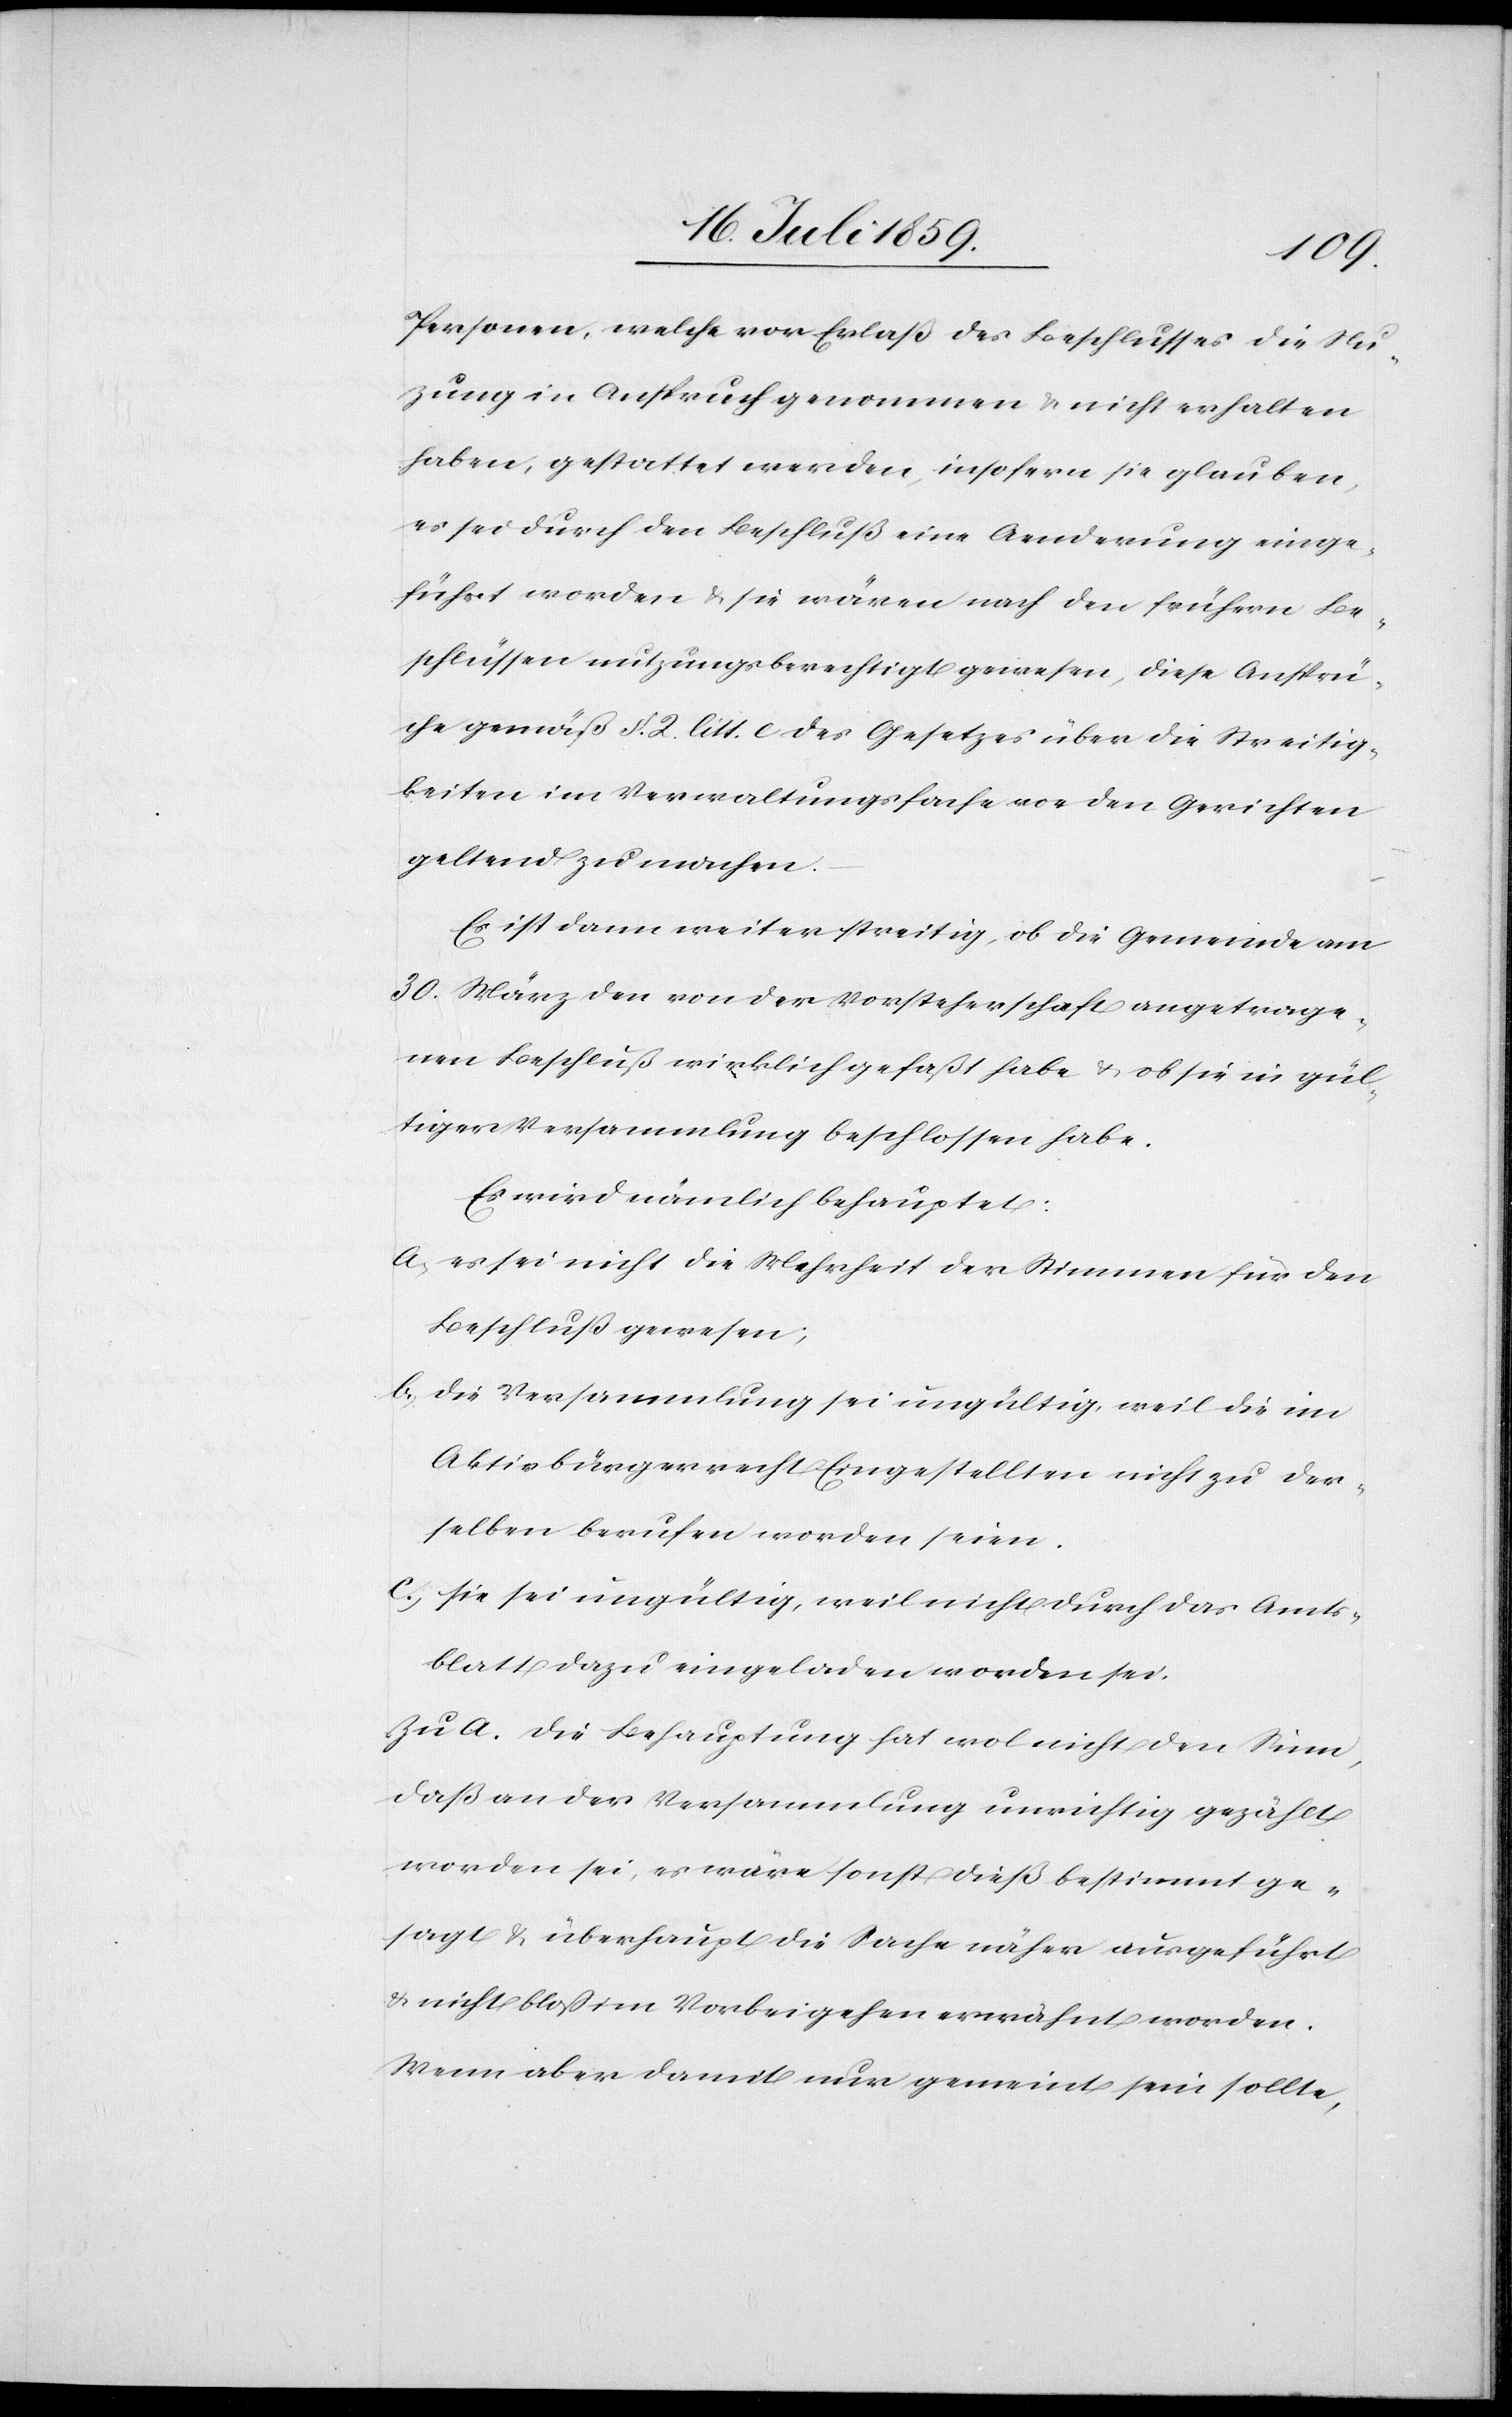
Personen, welche vor Erlaß des Beschlusses die Nu¬
zung in Anspruch genommen u. nicht erhalten
haben, gestattet werden, insofern sie glauben,
es sei durch den Beschluß eine Aenderung einge¬
führt worden u. sie wären nach den frühern Be¬
schlüssen nutzungsberechtigt gewesen, diese Ansprü¬
che gemäß § 2. litt. c des Gesetzes über die Streitig¬
keiten im Verwaltungsfache vor den Gerichten
geltend zu machen.
Es ist dann weiter streitig, ob die Gemeinde am
30. März den von der Vorsteherschaft angetrage¬
nen Beschluß wirklich gefaßt habe u. ob sie in gül¬
tiger Versammlung beschlossen habe.
Es wird nämlich behauptet:
a.) es sei nicht die Mehrheit der Stimmen für den
Beschluß gewesen;
b.) die Versammlung sei ungültig, weil die im
Aktivbürgerrecht Eingestellten nicht zu der¬
selben berufen worden seien.
c.) sie sei ungültig, weil nicht durch das Amts¬
blatt dazu eingeladen worden sei.
Zu a. Die Behauptung hat wol nicht den Sinn,
daß an der Versammlung unrichtig gezählt
worden sei, es wäre sonst dies bestimmt ge¬
sagt u. überhaupt die Sache näher ausgeführt
u. nicht bloß im Vorbeigehen erwähnt worden.
Wenn aber damit nur gemeint sein sollte,